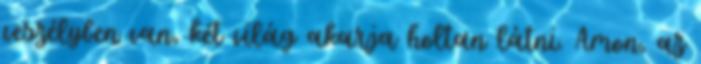
veszélyben van, két világ akarja holtan látni. Amon, az